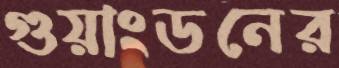
গুয়াংডনের